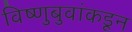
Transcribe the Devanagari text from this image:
विष्णुबुवांकडून